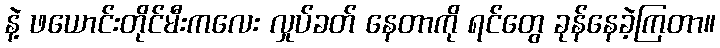
နဲ့ ဖယောင်းတိုင်မီးကလေး လှုပ်ခတ် နေတာကို ရင်တွေ ခုန်နေခဲ့ကြတာ။